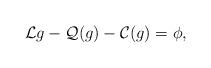
LaTeX: \begin{align*} \mathcal{L} g - \mathcal{Q}(g) - \mathcal{C}(g) = \phi,\end{align*}